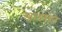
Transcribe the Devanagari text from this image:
झाइसने